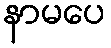
နာမပေ